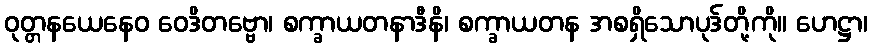
ဝုတ္တနယေနေဝ ဝေဒိတဗ္ဗော၊ စက္ခာယတနာဒီနိ၊ စက္ခာယတန အစရှိသောပုဒ်တို့ကို။ ဟေဋ္ဌာ၊